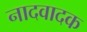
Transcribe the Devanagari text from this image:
नादवादक